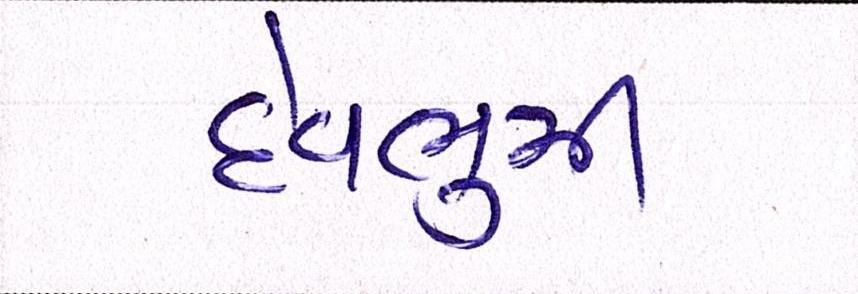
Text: દેવભુમી